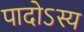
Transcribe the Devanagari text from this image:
पादोऽस्य